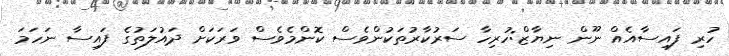
ހުރި ފައިސާއެއް ނޫން ނިޔާޒް:ހުރިހާ ސަރުކާރުތަކުންވެސް ކޮންމެވެސް ވަރަކަށް ދައުލަތުގެ ފައިސާ ނަހަމަ